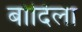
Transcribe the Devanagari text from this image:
बोदिला